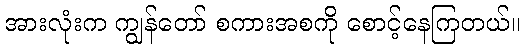
အားလုံးက ကျွန်တော် စကားအစကို စောင့်နေကြတယ်။